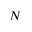
N